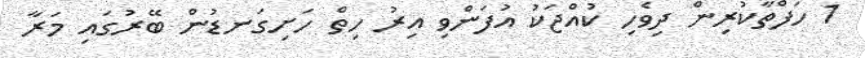
1 ހަފްތާކުރިން ދިވެހި ކުއްޖަކު އުފަންވި އިރު ހިތް ހަށިގަނޑުން ބޭރުގައި މަރާ